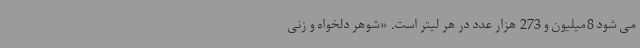
می شود 8میلیون و 273 هزار عدد در هر لیتر است. «شوهر دلخواه و زنی